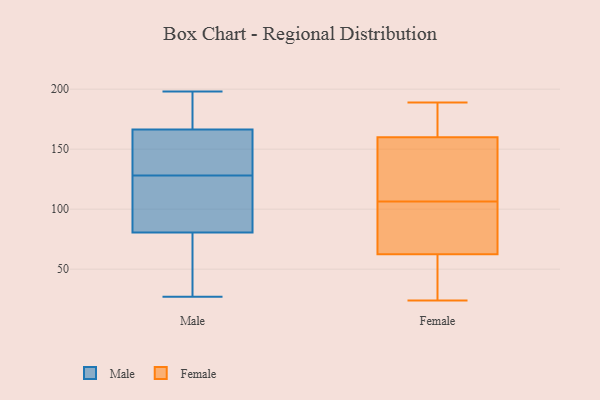
{"axis": {"x": "Active Users", "y": "Value"}, "legend": ["Female", "Male"], "data": [{"x": "", "y": 27, "type": "Male"}, {"x": "", "y": 135, "type": "Male"}, {"x": "", "y": 168, "type": "Male"}, {"x": "", "y": 121, "type": "Male"}, {"x": "", "y": 185, "type": "Male"}, {"x": "", "y": 71, "type": "Male"}, {"x": "", "y": 165, "type": "Male"}, {"x": "", "y": 90, "type": "Male"}, {"x": "", "y": 135, "type": "Male"}, {"x": "", "y": 198, "type": "Male"}, {"x": "", "y": 69, "type": "Male"}, {"x": "", "y": 97, "type": "Male"}, {"x": "", "y": 164, "type": "Female"}, {"x": "", "y": 156, "type": "Female"}, {"x": "", "y": 177, "type": "Female"}, {"x": "", "y": 90, "type": "Female"}, {"x": "", "y": 75, "type": "Female"}, {"x": "", "y": 88, "type": "Female"}, {"x": "", "y": 189, "type": "Female"}, {"x": "", "y": 42, "type": "Female"}, {"x": "", "y": 123, "type": "Female"}, {"x": "", "y": 24, "type": "Female"}, {"x": "", "y": 50, "type": "Female"}, {"x": "", "y": 135, "type": "Female"}]}